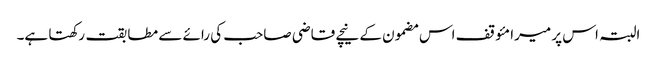
البتہ اس پر میرا مئوقف اس مضمون کے نیچے قاضی صاحب کی رائے سے مطابقت رکھتا ہے۔